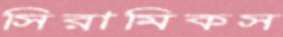
সিরামিকস